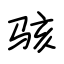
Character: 骇